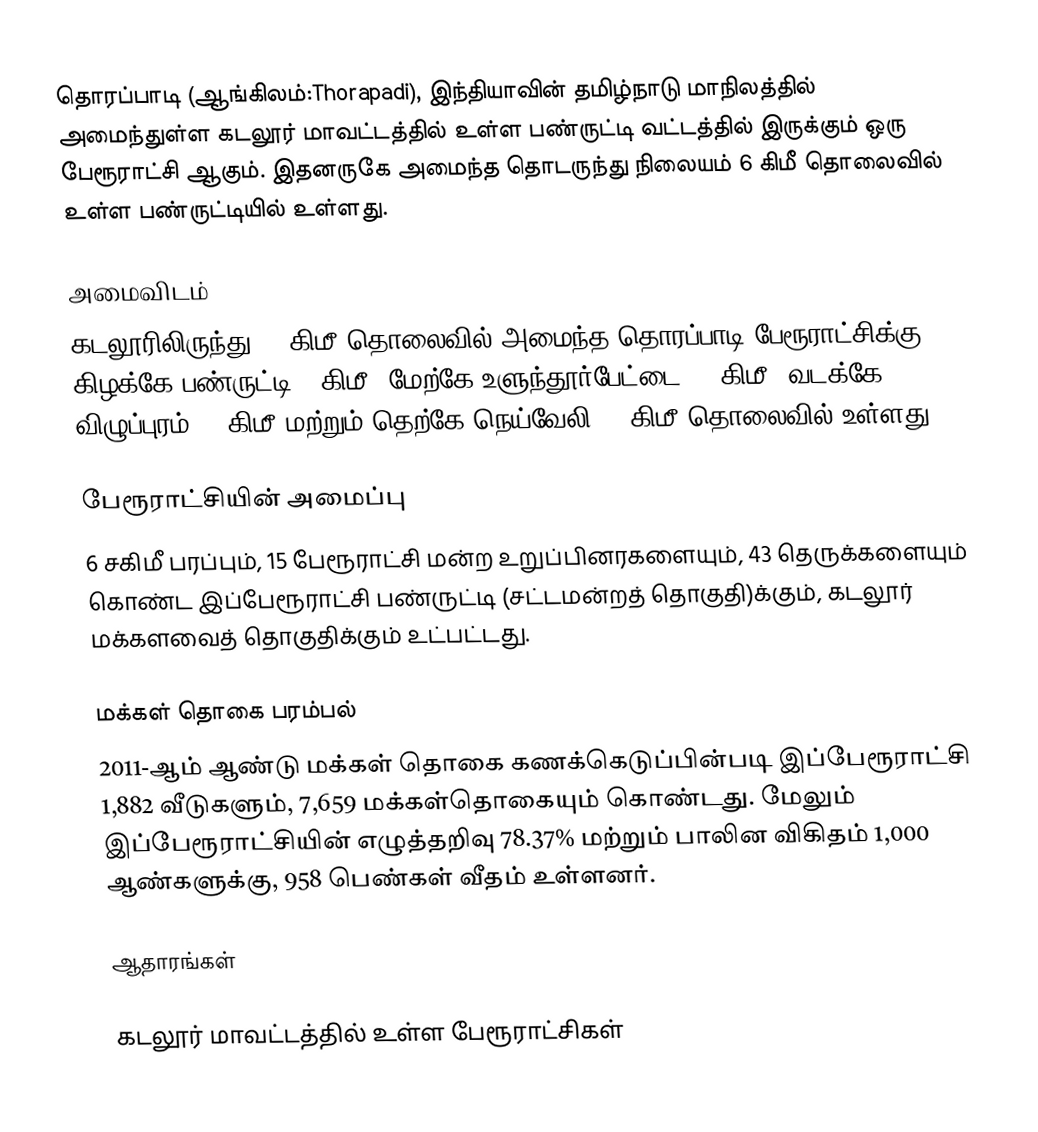
தொரப்பாடி (ஆங்கிலம்:Thorapadi), இந்தியாவின் தமிழ்நாடு மாநிலத்தில் அமைந்துள்ள கடலூர் மாவட்டத்தில் உள்ள பண்ருட்டி வட்டத்தில் இருக்கும் ஒரு பேரூராட்சி ஆகும். இதனருகே அமைந்த தொடருந்து நிலையம் 6 கிமீ தொலைவில் உள்ள பண்ருட்டியில் உள்ளது.

அமைவிடம்
கடலூரிலிருந்து 35 கிமீ தொலைவில் அமைந்த தொரப்பாடி பேரூராட்சிக்கு கிழக்கே பண்ருட்டி 6 கிமீ; மேற்கே உளுந்தூர்பேட்டை 35 கிமீ; வடக்கே விழுப்புரம் 25 கிமீ மற்றும் தெற்கே நெய்வேலி 18 கிமீ தொலைவில் உள்ளது.

பேரூராட்சியின் அமைப்பு
6 சகிமீ பரப்பும், 15  பேரூராட்சி மன்ற உறுப்பினரகளையும், 43 தெருக்களையும் கொண்ட  இப்பேரூராட்சி பண்ருட்டி (சட்டமன்றத் தொகுதி)க்கும், கடலூர் மக்களவைத் தொகுதிக்கும் உட்பட்டது.

மக்கள் தொகை பரம்பல்
2011-ஆம் ஆண்டு மக்கள் தொகை கணக்கெடுப்பின்படி   இப்பேரூராட்சி 1,882   வீடுகளும், 7,659 மக்கள்தொகையும் கொண்டது. மேலும் இப்பேரூராட்சியின் எழுத்தறிவு 78.37%  மற்றும்  பாலின விகிதம் 1,000 ஆண்களுக்கு, 958 பெண்கள் வீதம் உள்ளனர்.

ஆதாரங்கள்

கடலூர் மாவட்டத்தில் உள்ள பேரூராட்சிகள்